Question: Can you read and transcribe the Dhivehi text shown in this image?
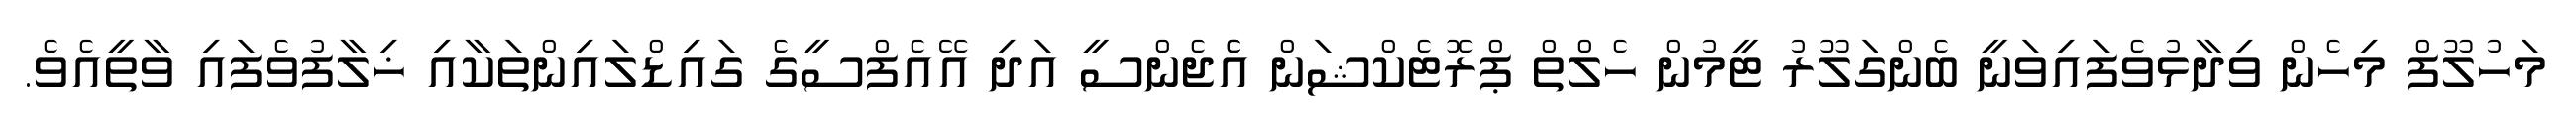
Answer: މަހުލޫފް މިހެން ވިދާޅުވެފައިވަނީ ބެންގަލޫރު ޓީމުން ހެލްތް ޕްރޮޓެކްޝަން އެެޖެންސީ އަދި އޭއެފްސީގެ ގައިޑްލައިންތަކާއި ޚިލާފުވެފައި ވާތީއެވެ.